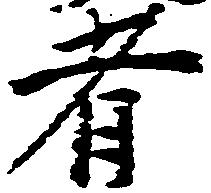
者